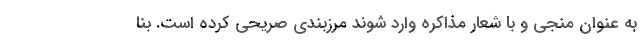
به عنوان منجی و با شعار مذاکره وارد شوند مرزبندی صریحی کرده است. بنا